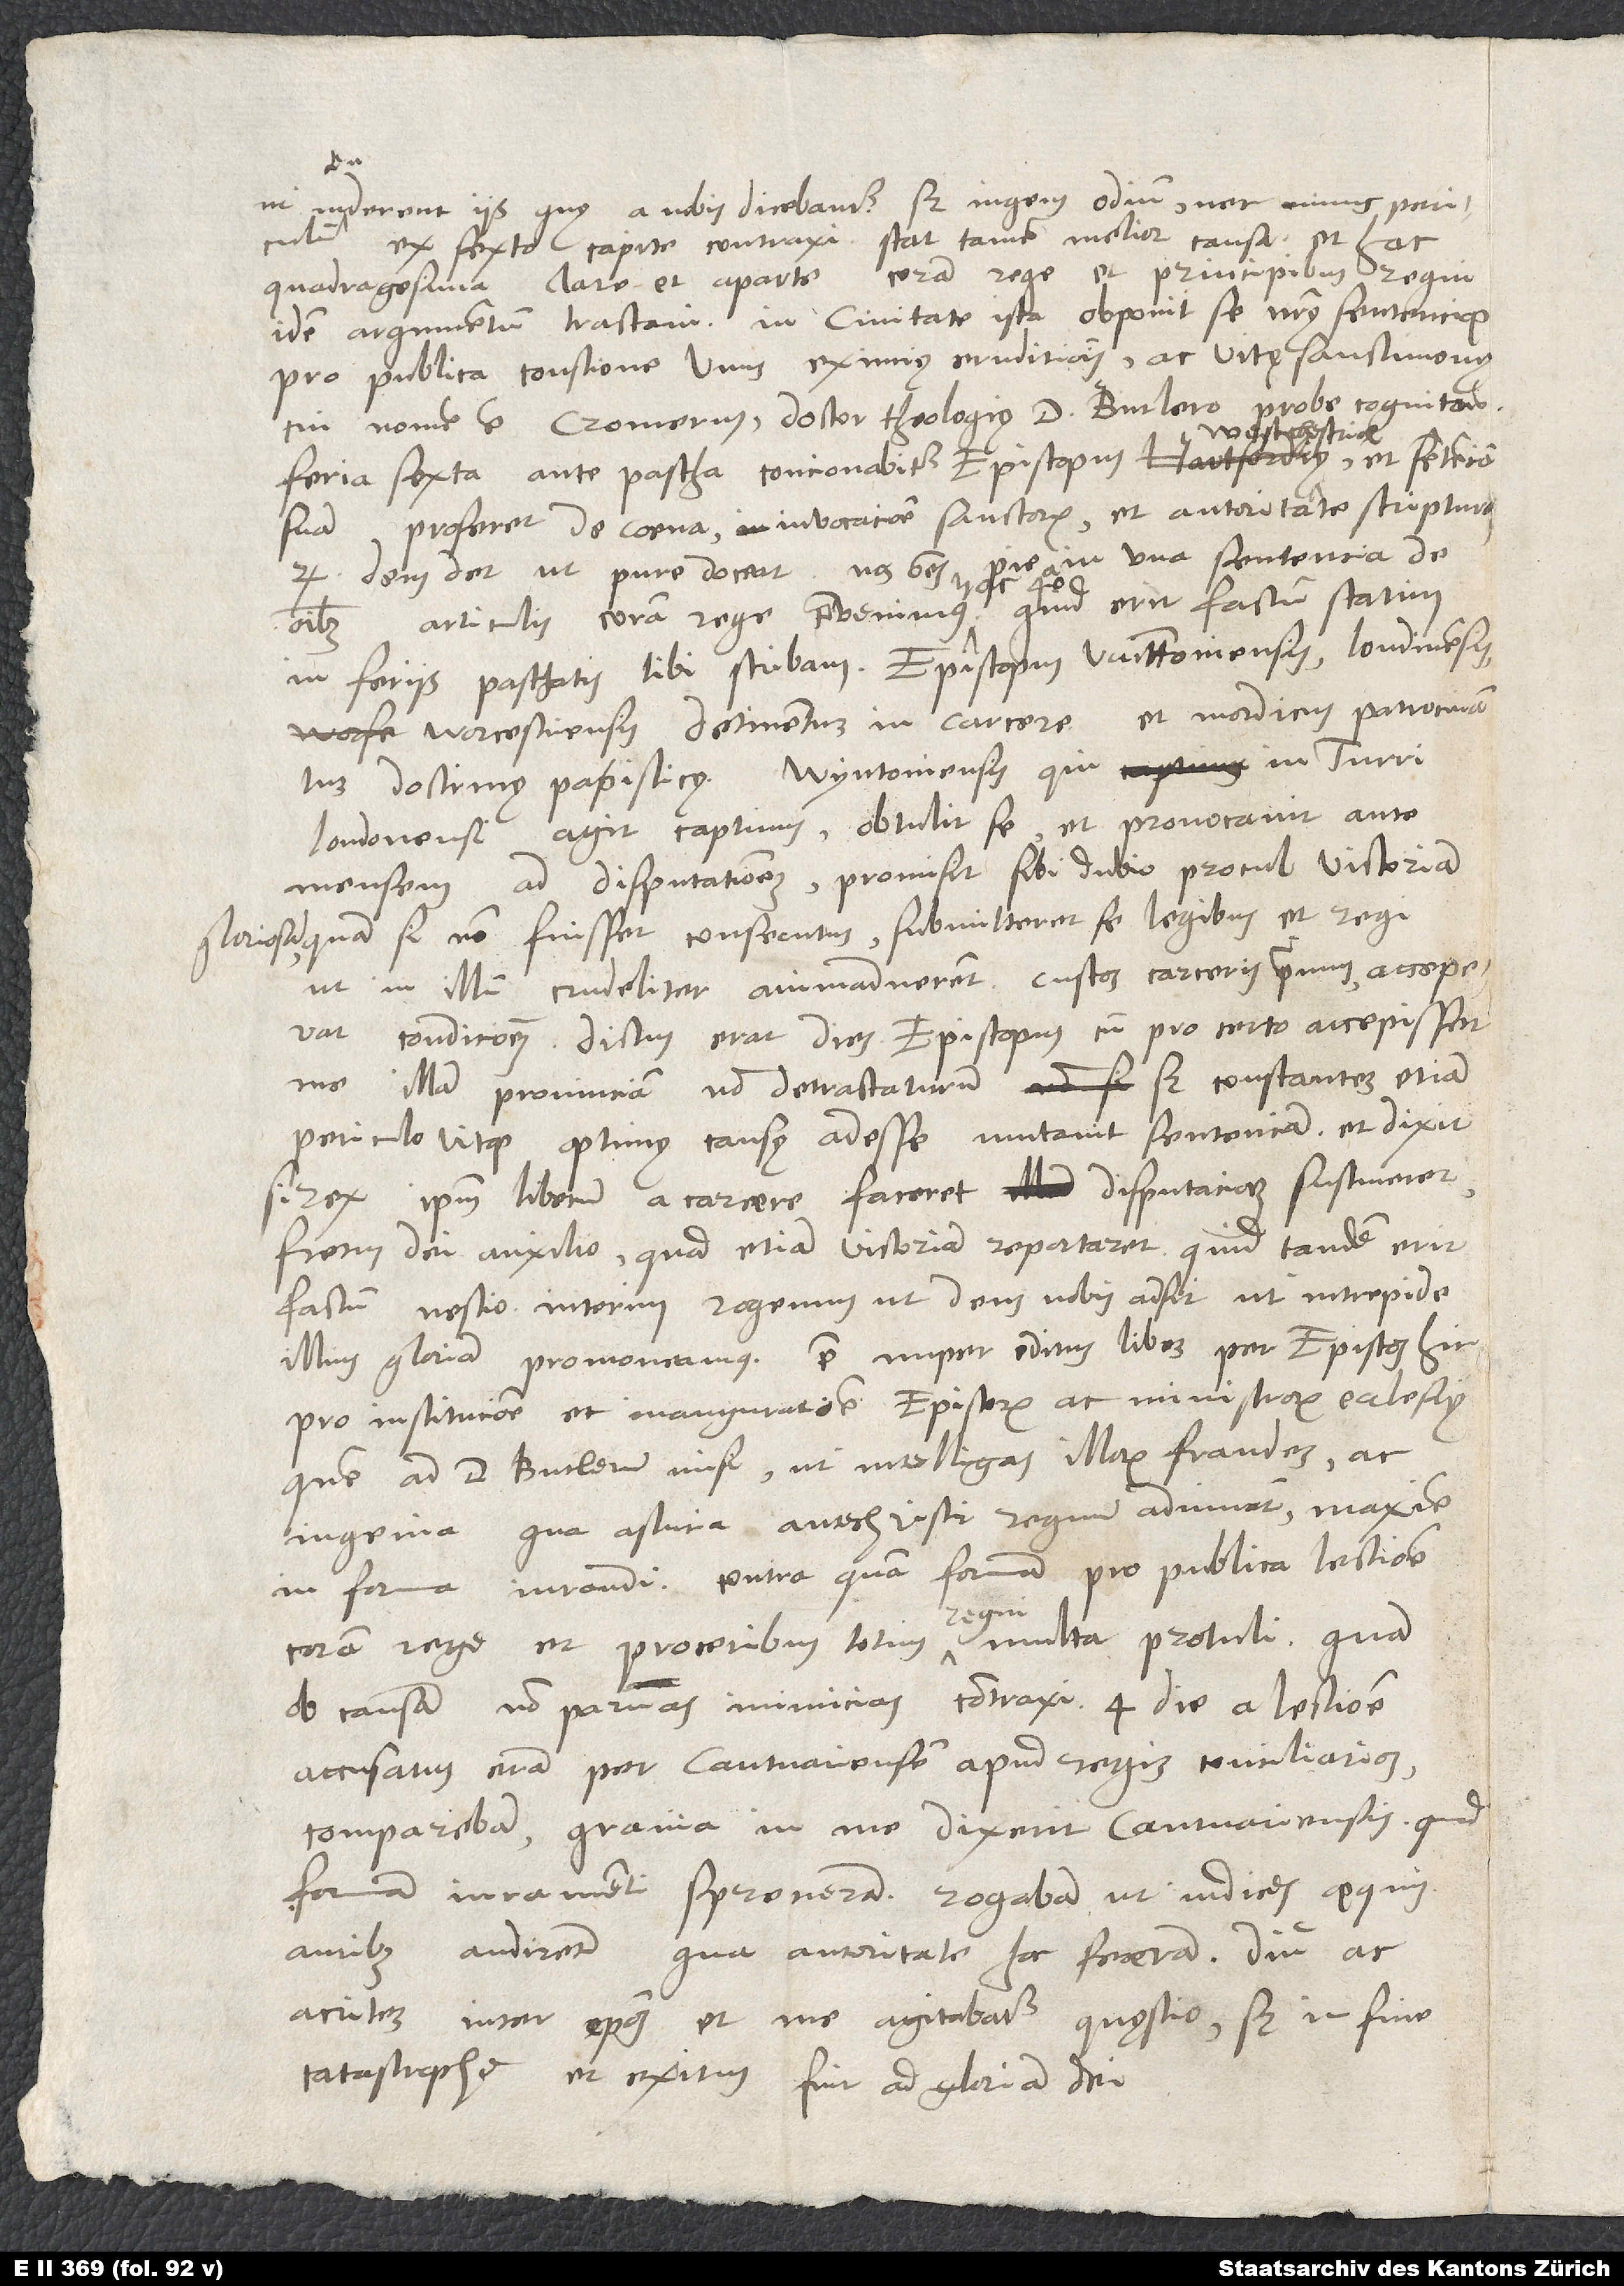
periculi ex sexto capite contraxi. Stat tamen melior causa et hac
quadragesima clare et aperte coram rege et principibus regni
idem argumentum tractavi. In civitate ista obponit se nostrę sentenciae
pro publica contione unus eximię eruditionis ec vitę sanctimonię,
cui nomen est Cromerus, doctor theologię, d. Butlero bene cognitus.
suam proferet de coena, invocatione sanctorum et autoritate scripturarum.
Deus det, ut pure doceat. Nos omnes pie in una sentencia de
in feriis paschatis tibi scribam. Episcopus Winttoniensis, Londinensis,
Worcestriensis detinentur in carcere et mordicus patrocinantur
doctrinę papisticę. Wyntoniensis, qui in turri
Londonensi agit captivus, obtulit se et provocavit ante
mensem ad disputationem; promisit sibi dubio procul victoriam
gloriosam; quam si non fuisset consecutus, submitteret se legibus et regi,
condicionem; dictus erat dies. Episcopus cum pro certo accepisset
illam provinciam non detractaturum, sed constanter etiam
periculo vitae, optimę causę adesse, mutavit sententiam et dixit:
si rex ipsum libere a carcere faceret, disputationem sustineret
fretus dei auxilio, quod etiam victoriam reportaret. Quid tandem erit
illius gloriam promoveamus. Est nuper editus liber per episcopum hic
pro institutione et inauguratione episcoporum ac ministrorum ecclesię,
quem a d. Butlerum misi, ut intelligas illorum fraudes ac
ingenia, qua astutia antichristi regnum adiuvant, maxime
in forma iurandi. Contra quam formam pro publica lectione
coram rege et proceribus totius regni multa protuli, quam
ob causam non parvas inimicitias contraxi. 4. die a lectione
accusatus eram per Cantuariensem apud regis conciliarios.
Comparebam; gravia in me dixerit Cantuariensis, quod
formam iuramenti spreveram. Rogabam, ut iudices aequis
auribus audirent, qua autoritate hoc feceram. Diu ac
acriter inter episcopos et me agitabatur quęstio; sed in fine
catastrophe et exitus fuit ad gloriam dei.